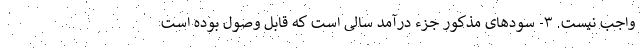
واجب نیست. ۳- سودهای مذکور جزء درآمد سالی است که قابل وصول بوده است